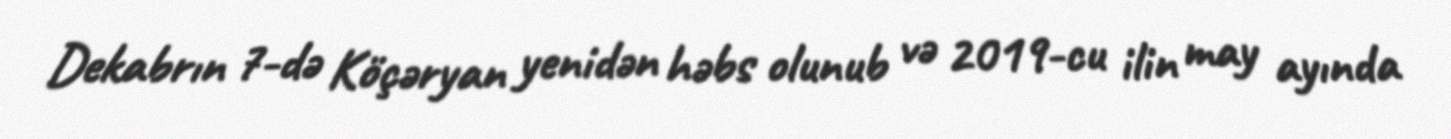
Dekabrın 7-də Köçəryan yenidən həbs olunub və 2019-cu ilin may ayında